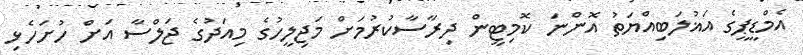
އެމްޑީޕީގެ އަޣުލަބިއްޔަތު އޮންނަ ކޮމިޓީން ދިރާސާކުރުމަށް މަޖިލީހުގެ މިއަދުގެ ޖަލްސާ އަށް ހުށަހެޅި